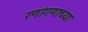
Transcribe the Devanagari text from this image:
रणांगणाच्या